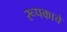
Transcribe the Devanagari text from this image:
रूपकाचे